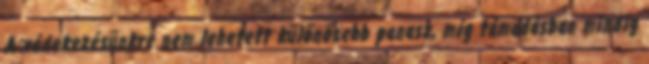
A védekezésünkre nem lehetett különösebb panasz, míg támadásban mindig